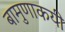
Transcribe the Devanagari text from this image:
बामुणाकयी